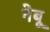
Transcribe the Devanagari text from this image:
नेबू